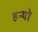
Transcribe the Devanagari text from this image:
हन्‍यो